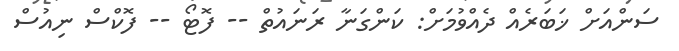
ސަންއަށް ޚަބަރެއް ދެއްވުމަށް: ކަންގަނާ ރަނައުތް -- ފޮޓޯ -- ފޮކްސް ނިއުސް